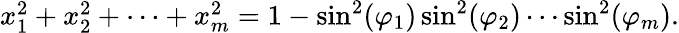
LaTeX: \begin{array}{r}{x_{1}^{2}+x_{2}^{2}+\cdots+x_{m}^{2}=1-\sin^{2}(\varphi_{1})\sin^{2}(\varphi_{2})\cdots\sin^{2}(\varphi_{m}).}\end{array}